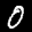
Label: 0